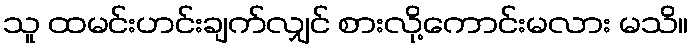
သူ ထမင်းဟင်းချက်လျှင် စားလို့ကောင်းမလား မသိ။